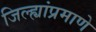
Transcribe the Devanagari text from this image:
जिल्ह्यांप्रमाणे